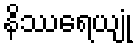
နိဿရေယျုံ